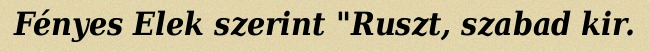
Fényes Elek szerint "Ruszt, szabad kir.